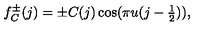
f _ { C } ^ { \pm } ( j ) = \pm C ( j ) \cos ( \pi u ( j - \textstyle \frac { 1 } { 2 } ) ) ,